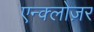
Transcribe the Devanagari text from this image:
एन्क्लोज़र